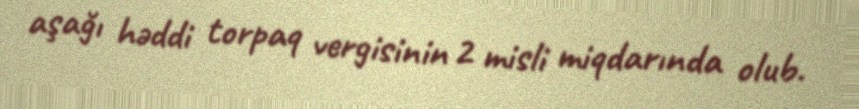
aşağı həddi torpaq vergisinin 2 misli miqdarında olub.